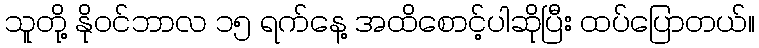
သူတို့ နိုဝင်ဘာလ ၁၅ ရက်နေ့ အထိစောင့်ပါဆိုပြီး ထပ်ပြောတယ်။